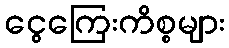
ငွေကြေးကိစ္စများ